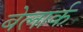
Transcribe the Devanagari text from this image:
बेलार्क